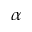
\alpha